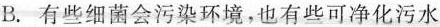
B.有些细菌会污染环境，也有些可净化污水